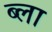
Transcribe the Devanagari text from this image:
ब्ला